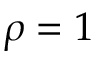
\rho = 1